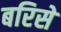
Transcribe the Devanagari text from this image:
बरिसे